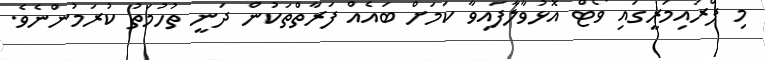
މި ޕްރައިމަރީގައި ވޯޓް އޮޅުވާލާފައިވާ ކަމަށް ބައެއް ފަރާތްތަކުން ދަނީ ތުހުމަތު ކުރަމުންނެވެ.